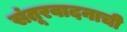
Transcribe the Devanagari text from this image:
संतूरवादनाची